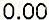
0.00